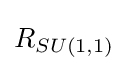
R_{SU(1,1)}